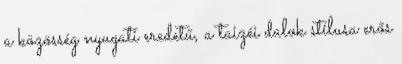
a közösség nyugati eredetű, a taizéi dalok stílusa erős